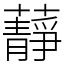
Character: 𧂮